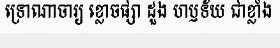
ទ្រោណាចារ្យ ខ្លោចផ្សា ដួង ហឫទ័យ ជាខ្លាំង